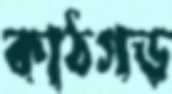
কাঠগড়